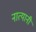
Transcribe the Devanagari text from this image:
नात्यानी